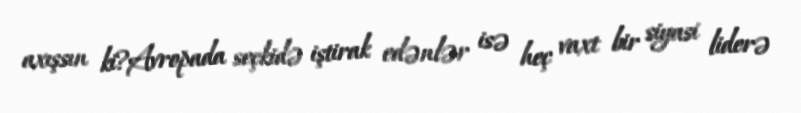
axışsın ki?Avropada seçkidə iştirak edənlər isə heç vaxt bir siyasi liderə